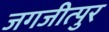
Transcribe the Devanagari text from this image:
जगजीत्पुर